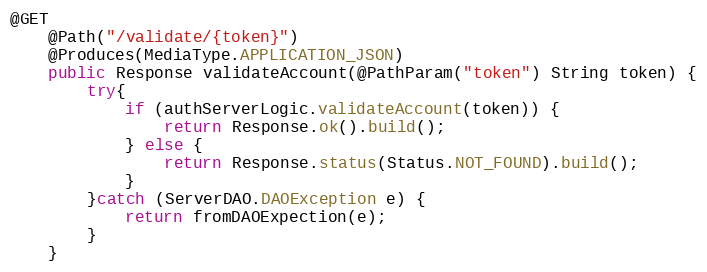
Language: Java
@GET
    @Path("/validate/{token}")
    @Produces(MediaType.APPLICATION_JSON)
    public Response validateAccount(@PathParam("token") String token) {
        try{
            if (authServerLogic.validateAccount(token)) {
                return Response.ok().build();
            } else {
                return Response.status(Status.NOT_FOUND).build();
            }
        }catch (ServerDAO.DAOException e) {
            return fromDAOExpection(e);
        }
    }